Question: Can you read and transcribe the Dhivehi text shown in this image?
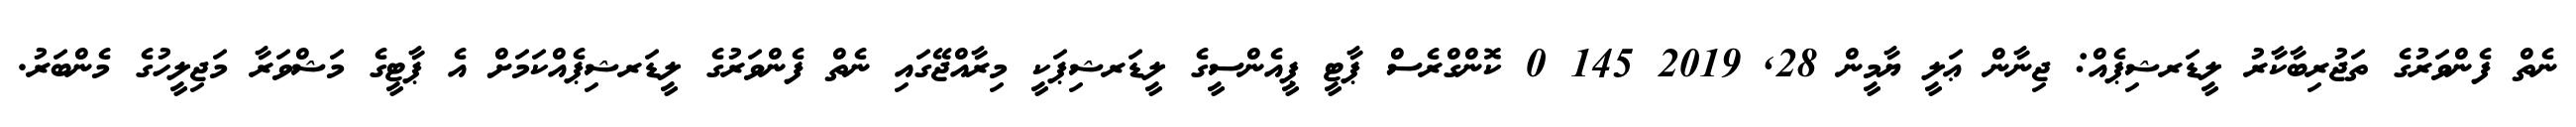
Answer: ނެތް ފެންވަރުގެ ތަޖުރިބާކާރު ލީޑަރޝިޕެއް: ޖިނާން ޢަލީ ޔާމީން 28, 2019 145 0 ކޮންގްރެސް ޕާޓީ ޕީއެންސީގެ ލީޑަރޝިޕަކީ މިރާއްޖޭގައި ނެތް ފެންވަރުގެ ލީޑަރޝިޕެއްކަމަށް އެ ޕާޓީގެ މަޝްވަރާ މަޖިލީހުގެ މެންބަރު.